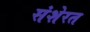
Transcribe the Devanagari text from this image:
संशेरत